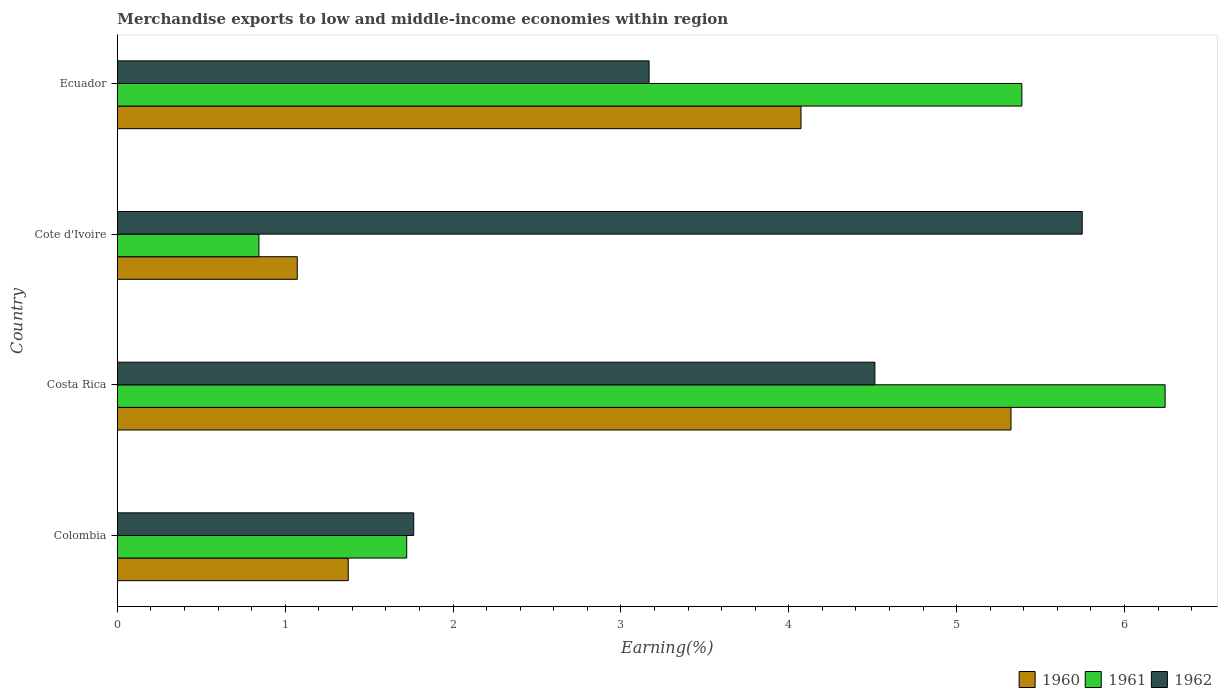
| Country | 1960 | 1961 | 1962 |
 | --- | --- | --- | --- |
 | Colombia | 1.38 | 1.72 | 1.77 |
 | Costa Rica | 5.32 | 6.24 | 4.51 |
 | Cote d'Ivoire | 1.07 | 0.843 | 5.75 |
 | Ecuador | 4.07 | 5.39 | 3.17 |